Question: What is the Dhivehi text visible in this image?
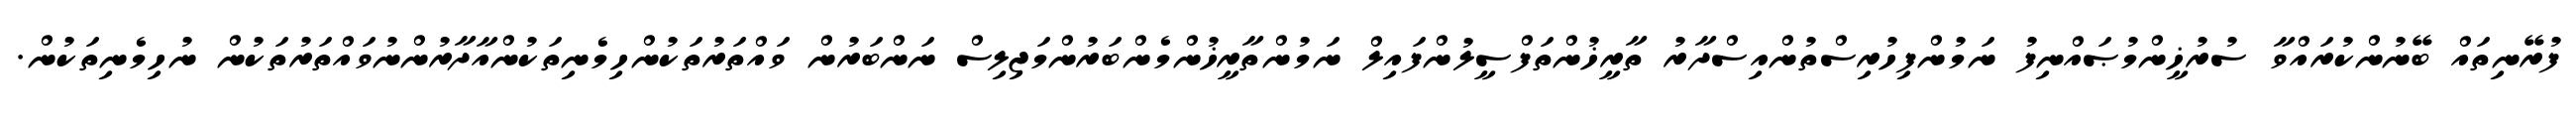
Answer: ފުރޭނިތައް ބޭނުންކުރައްވާ ސުރުޚީންމުޞައްނިފު ނަމުންފިހުރިސްތުންއިސްދާރު ތާރީޚުންތަފްސީލުންފައިލް ނަމުންތާރީޚުންމެންބަރުންމަޖިލިސް ނަންބަރުން ވައްތަރުތަކުންހިމެނިތަކުންއާދާރުންނުވައްތަރުތަކުން ނުހިމެނިތަކުން.